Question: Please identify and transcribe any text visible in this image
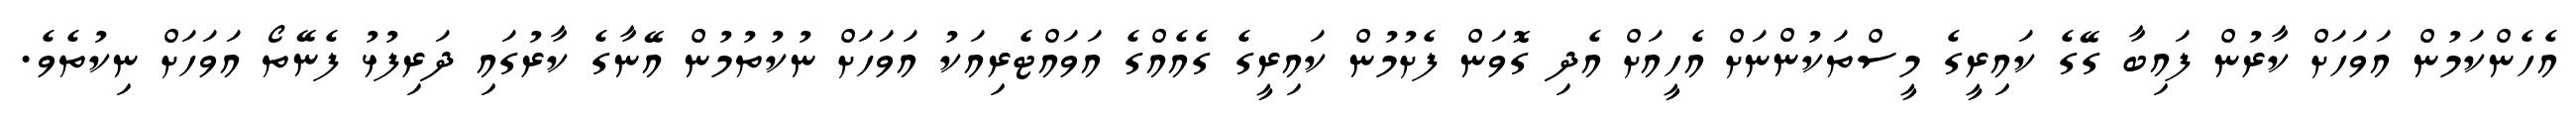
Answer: އެހެންކަމުން އަވަހަށް ކާރުން ފައިބާ ގޭގެ ކައިރީގެ މީސްތަކުންނަށް އެހީއަށް އެދި ގޮވަން ފެށުމުން ކައިރީގެ ގެއެއްގެ އަވައްޓެރިއަކު އަވަހަށް ނުކުތުމުން އޭނާގެ ކާރުގައި ދަރިފުޅު ފެނޭތޯ އަވަހަށް ނިކުތެވެ.